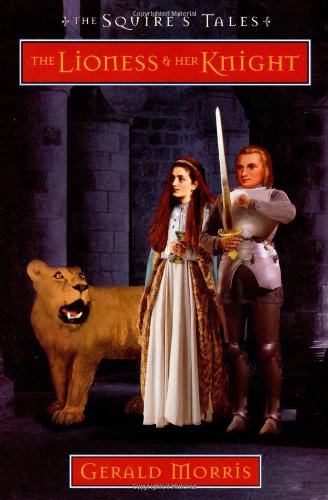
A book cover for The Lioness and Her Knight (The Squire's Tales); Gerald Morris; Teen & Young Adult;